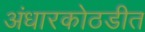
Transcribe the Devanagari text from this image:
अंधारकोठडीत